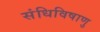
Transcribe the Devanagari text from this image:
संधिविषाणु